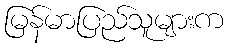
မြန်မာပြည်သူများက